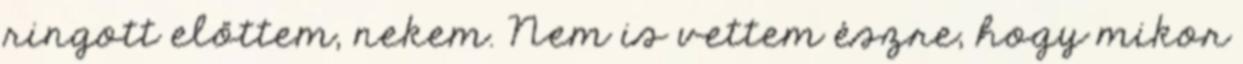
ringott előttem, nekem. Nem is vettem észre, hogy mikor